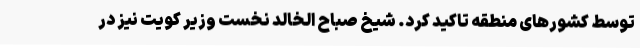
توسط کشورهای منطقه تاکید کرد. شیخ صباح الخالد نخست وزیر کویت نیز در